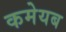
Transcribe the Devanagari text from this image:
कमेयब